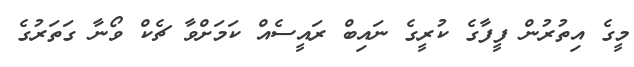
މީގެ އިތުރުން ފީފާގެ ކުރީގެ ނައިބް ރައީސެއް ކަމަށްވާ ޗެކް ވޯނާ ގަތަރުގެ